Report of the Indian Hemp Drugs Commission, 1894-1895 - Volume VI
Year: 1894
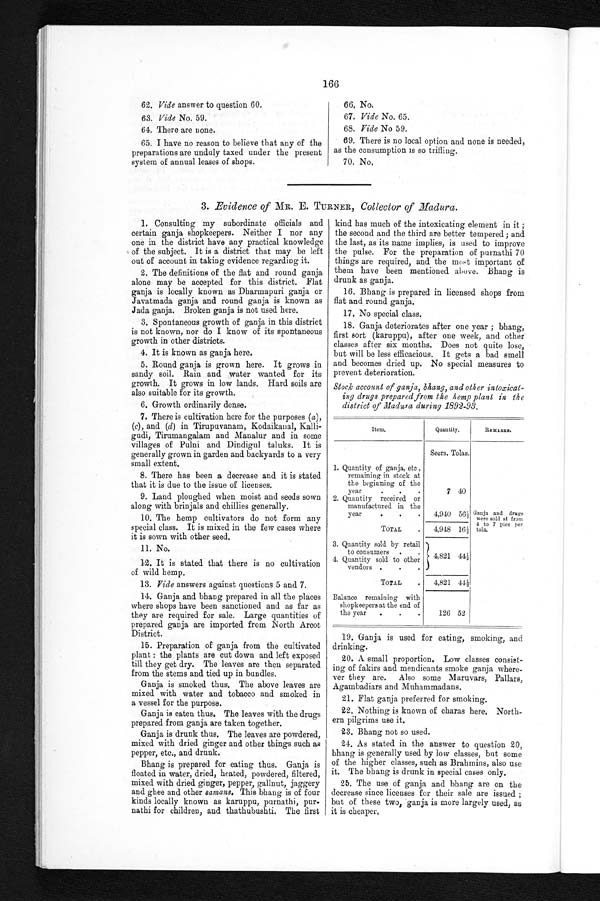
166
62. vide answer to question 60.
63. Vide No. 59.
64. There are none.
65. I have no reason to believe that any of the
preparations are unduly taxed under the present
system of annual leases of shops.
66. No.
67. Vide No. 65.
68. Vide No 59.
69. There is no local option and none is needed,
as the consumption is so trifling.
70. No.
3. Evidence of MR. E. TURNER, Collector of Madura.
1. Consulting my subordinate officials and
certain ganja shopkeepers. Neither I nor any
one in the district have any practical knowledge
of the subject. It is a district that may be left
out of account in taking evidence regarding it.
2. The definitions of the flat and round ganja
alone may be accepted for this district. Flat
ganja is locally known as Dharmapuri ganja or
Javatmada ganja and round ganja is known as
Jada ganja. Broken ganja is not used here.
3. Spontaneous growth of ganja in this district
is not known, nor do I know of its spontaneous
growth in other districts.
4 . I t i s k n o w n a s g a n j a h e r e .
5. Round ganja is grown here. It grows in
sandy soil. Rain and water wanted for its
growth. It grows in low lands. Hard soils are
also suitable for its growth.
6 . G r o w t h o r d i n a r i l y d e n s e .
7 . T h e r e i s c u l t i v a t i o n h e r e f o r t h e p u r p o s e s (a
) ,
(c), and (d) in Tirupuvanam, Kodaikanal, Kalli
-gudi, Tirumangalam and Manalur and in some
villages of Pulni and Dindigul taluks. It is
generally grown in garden and backyards to a very
small extent.
8. There has been a decrease and it is stated
that it is due to the issue of licenses.
9. Land ploughed when moist and seeds sown
along with brinjals and chillies generally.
10. The hemp cultivators do not form any
special class. It is mixed in the few cases where
it is sown with other seed.
1 1 . N o .
12. It is stated that there is no cultivation
of wild hemp.
13. Vide answers against questions 5 and 7.
14. Ganja and bhang prepared in all the places
where shops have been sanctioned and as far as
they are require for sale. Large quantities of
prepared ganja are imported from North Arcot
District.
15. Preparation of ganja from the cultivated
p l a n t : t h e p l a n t s a r e c u t d o w n a n d l e f t e x p o s e d
till they get dry. The leaves are then separated
from the stems and tied up in bundles.
Ganja is smoked thus. The above leaves are
mixed with water and tobacco and smoked in
a vessel for the purpose.
Ganja is eaten thus. The leaves with the drugs
prepared from ganja are taken together.
Ganja is drunk thus. The leaves are powdered,
mixed with dried ginger and other things such as
pepper, etc., and drunk.
Bhang is prepared for eating thus. Ganja is
floated in water, dried, heated, powdered, filtered,
mixed with dried ginger, pepper, gallnut, jaggery
and ghee and other samans. This bhang is of four
kinds locally known as karuppu, purnathi, pur
- n a t h i f o r c h i l d r e n , a n d t h a t h u b u s h t i . T h e f i r s t
kind has much of the intoxicating element in it ;
the second and the third are better tempered ; and
the last, as its name implies, is used to improve
the pulse. For the preparation of purnathi 70
things are required, and the most important of
them have been mentioned above. Bhang is
drunk as ganja.
16. Bhang is prepared in licensed shops from
flat and round ganja.
17. No special class.
18. Ganja deteriorates after one year ; bhang,
first sort (karuppu), after one week, and other
classes after six months. Does not quite lose,
but will be less efficacious. It gets a bad smell
and becomes dried up. No special measures to
prevent deterioration.
Stock account of ganja, bhang, and other intoxicat
- i n g d r u g s p r e p a r e d f r o m t h eh
e m p
p l a n t i n t h e
district of Madura during 1892-93.
Item.
Quantity.
REMARKS.
Seers. Tolas.
1. Quantity of ganja, etc.,
remaining in stock at
the beginning of the
year . . .
7 40
2. Quantity received or
manufactured in the
year . . .
4,940 56½ Ganja and drugs
were sold at from.
4 to 7 pies per
tola.
TOTAL
.
4,948
1 6 ½
3. Quantity sold by retail
to consumers . . .
4,821 44½
4. Quantity sold to other
vendors . . .
TOTAL
.
4,821 44½
Balance remaining. with
b
shopkeepers at the end of
the year . . .
126 52
19. Ganja is used for eating, smoking, and
drinking.
20. A. small proportion. Low classes consist
-ing of fakirs and mendicants smoke ganja where--
ver they are. Also some Maruvars, Pallars,
Agambadiars and Muhammadans.
2 1 . F l a t g a n j a p r e f e r r e d f o r s m o k i n g .
22. Nothing is known of charas here. North-
ern pilgrims use it.
2 3 . B h a n g n o t s o u s e d .
24. As stated in the answer to question 20,
bhang is generally used by low classes, but some
of the higher classes, such as Brahmins, also use
it. The bhang is drunk in special cases only.
25. The use of ganja and bhang are on the
decrease since licenses for their sale are issued ;
but of these two, ganja is more largely used, as
it is cheaper.